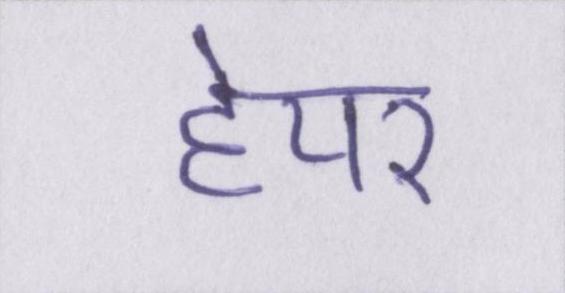
हेयर